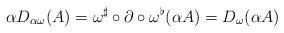
LaTeX: \begin{align*}\alpha D_{\alpha\omega}(A)=\omega^\sharp\circ \partial\circ \omega^\flat(\alpha A)=D_\omega(\alpha A)\end{align*}